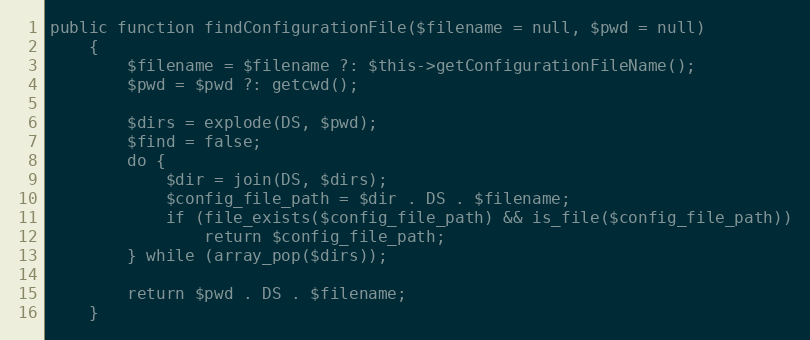
Language: PHP
public function findConfigurationFile($filename = null, $pwd = null)
    {
        $filename = $filename ?: $this->getConfigurationFileName();
        $pwd = $pwd ?: getcwd();

        $dirs = explode(DS, $pwd);
        $find = false;
        do {
            $dir = join(DS, $dirs);
            $config_file_path = $dir . DS . $filename;
            if (file_exists($config_file_path) && is_file($config_file_path))
                return $config_file_path;
        } while (array_pop($dirs));

        return $pwd . DS . $filename;
    }